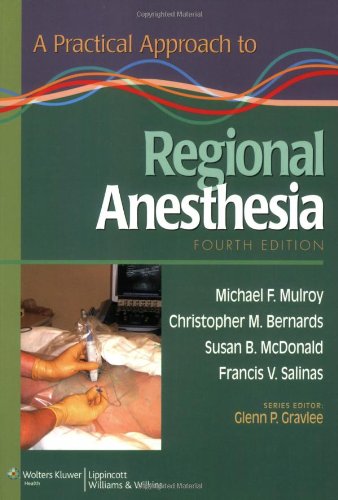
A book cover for A Practical Approach to Regional Anesthesia; Michael F. Mulroy MD; Medical Books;